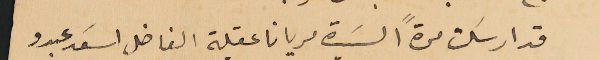
قد ارسلت مرةً السَيدة مريانا عقيلة الفاضل اسَعد عبدو